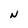
Character: N